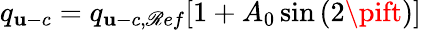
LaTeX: q_{\mathbf{u}-c}=q_{\mathbf{u}-c,\mathscr{R}ef}[1+A_{0}\sin{(2\pift)}]